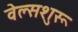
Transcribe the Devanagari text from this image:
वेल्सशुरू